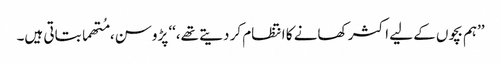
’’ہم بچوں کے لیے اکثر کھانے کا انتظام کر دیتے تھے،‘‘ پڑوسن، مُتھما بتاتی ہیں۔